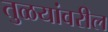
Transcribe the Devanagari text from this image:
तुळयांवरील